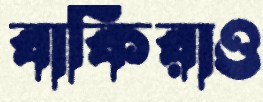
বাকিরাও